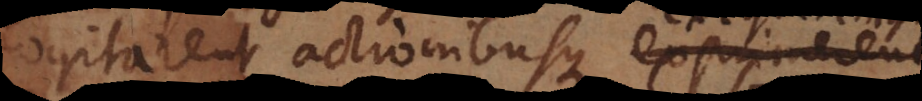
gitarent actionibusque exprimerent,,